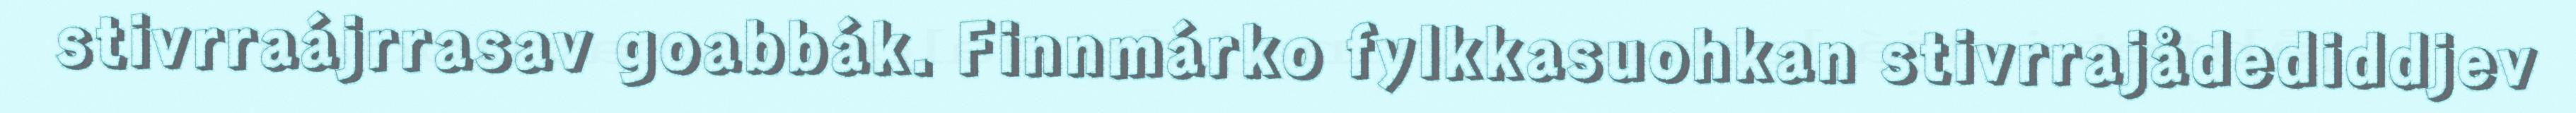
stivrraájrrasav goabbák. Finnmárko fylkkasuohkan stivrrajådediddjev